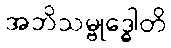
အဘိသမ္ဗုဒ္ဓေါတိ